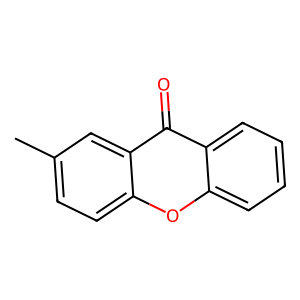
SMILES: Cc1ccc2oc3ccccc3c(=O)c2c1
Inhibits HIV replication: No